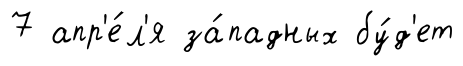
7 апр'е́л'я за́падных бу́д'ет